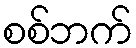
စစ်ဘက်